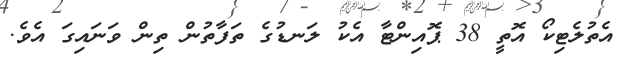
އެތުލެޓިކޯ އޮތީ 38 ޕޮއިންޓާ އެކު ލަނޑުގެ ތަފާތުން ތިން ވަނައިގަ އެވެ.